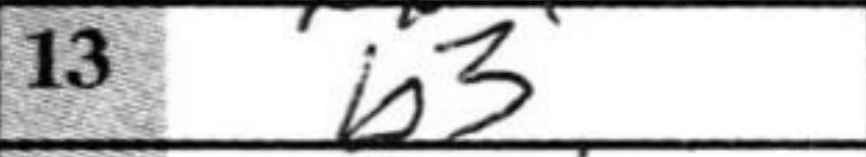
Transcription: b3